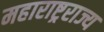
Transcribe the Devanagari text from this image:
महाराष्ट्रराज्य